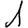
Digit: 1